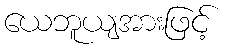
ယေဘူယျအားဖြင့်